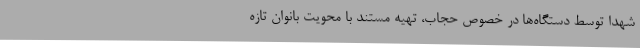
شهدا توسط دستگاه‌ها در خصوص حجاب، تهیه مستند با محویت بانوان تازه